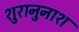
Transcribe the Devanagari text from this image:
शुरानुनाश